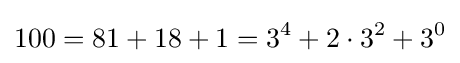
100=81+18+1=3^{4}+2\cdot 3^{2}+3^{0}